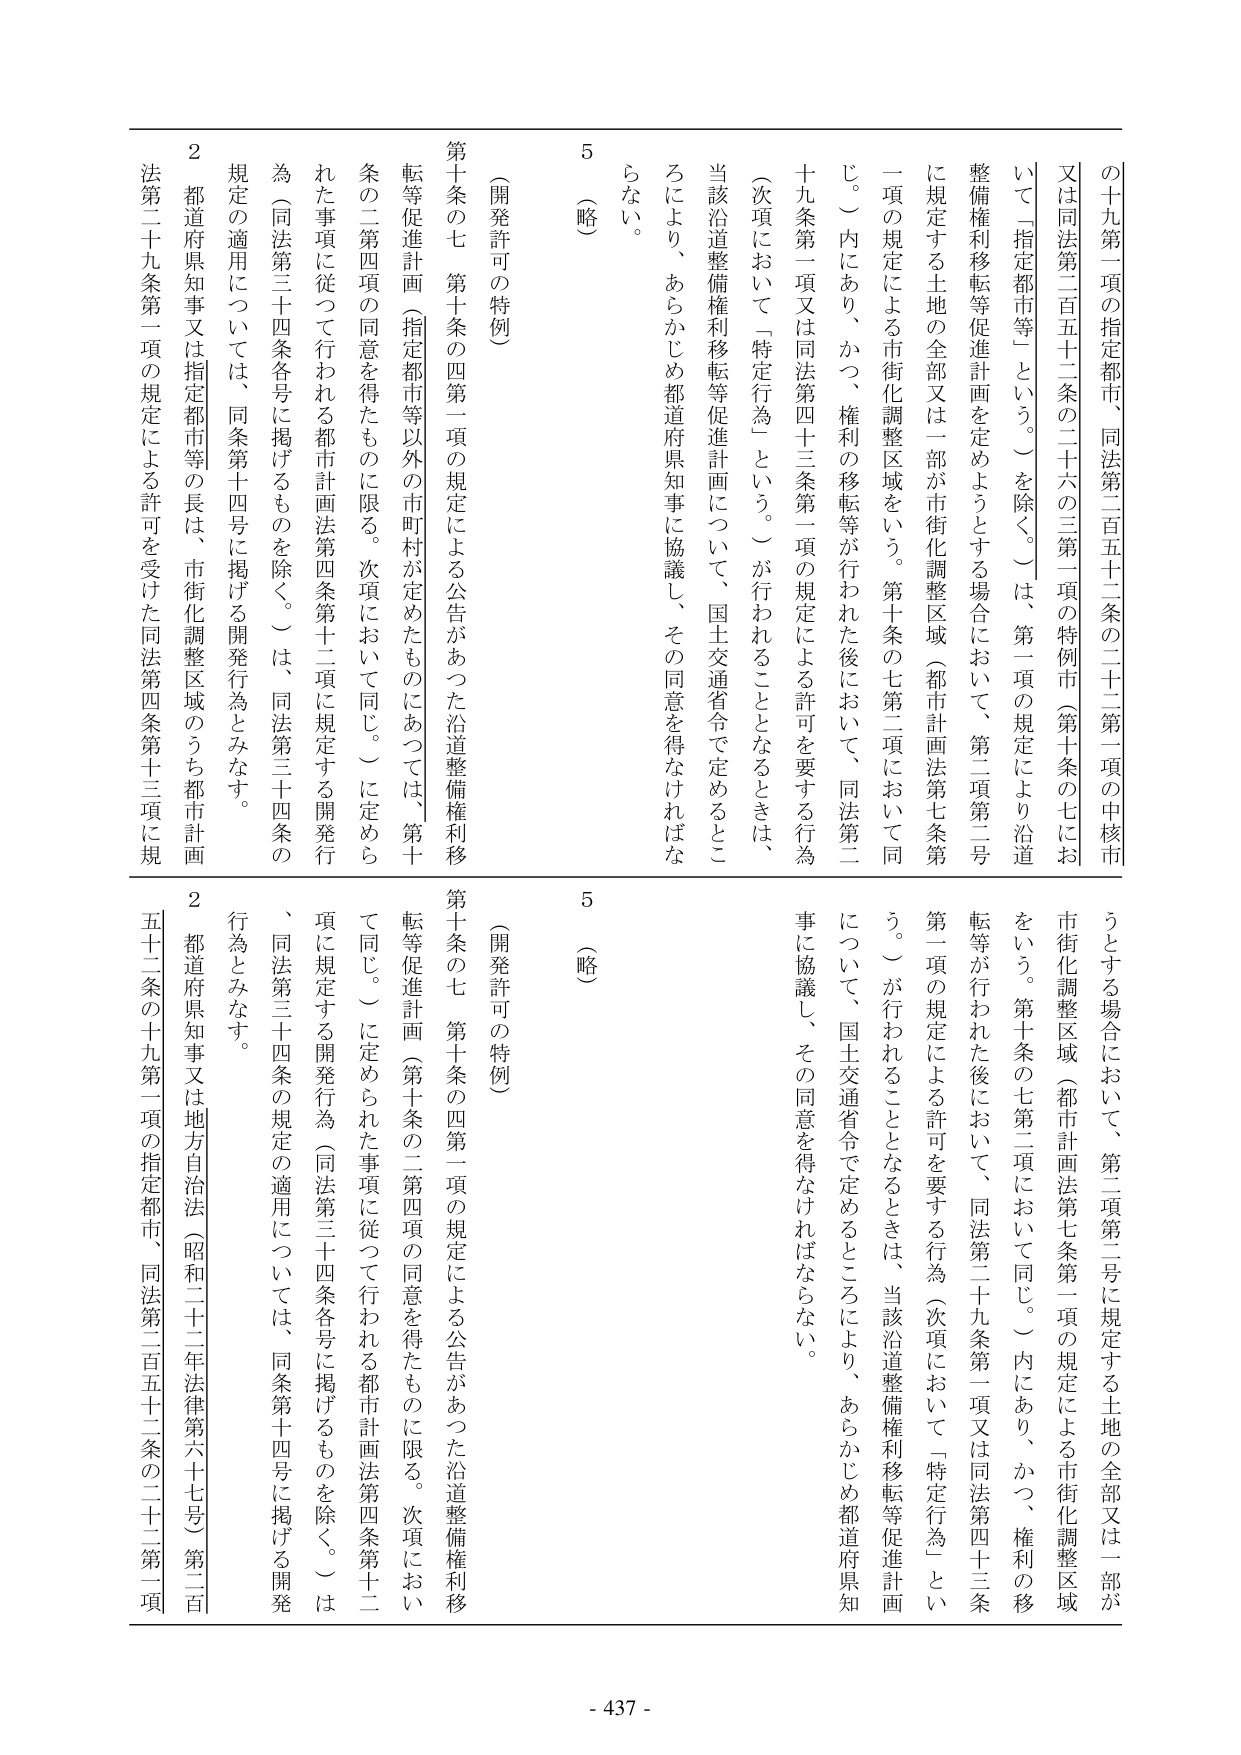
の十九第一項の指定都市、同法第二百五十二条の二十二第一項の中核市
又は同法第二百五十二条の二十六の三第一項の特例市（第十条の七にお
いて「指定都市等」という。）を除く。）は、第一項の規定により沿道
整備権利移転等促進計画を定めようとする場合において、第二項第二号
に規定する土地の全部又は一部が市街化調整区域（都市計画法第七条第
一項の規定による市街化調整区域をいう。第十条の七第二項において同
じ。）内にあり、かつ、権利の移転等が行われた後において、同法第二
十九条第一項又は同法第四十三条第一項の規定による許可を要する行為
（次項において「特定行為」という。）が行われることとなるときは、
当該沿道整備権利移転等促進計画について、国土交通省令で定めるとこ
ろにより、あらかじめ都道府県知事に協議し、その同意を得なければな
らない。

5 （略）

（開発許可の特例）
第十条の七 第十条の四第一項の規定による公告があった沿道整備権利移
転等促進計画（指定都市等以外の市町村が定めたものにあっては、第十
条の二第四項の同意を得たものに限る。次項において同じ。）に定めら
れた事項に従って行われる都市計画法第四条第十二項に規定する開発行
為（同法第三十四条各号に掲げるものを除く。）は、同法第三十四条の
規定の適用については、同条第十四号に掲げる開発行為とみなす。
2 都道府県知事又は指定都市等の長は、市街化調整区域のうち都市計画
法第二十九条第一項の規定による許可を受けた同法第四条第十三項に規

うとする場合において、第二項第二号に規定する土地の全部又は一部が
市街化調整区域（都市計画法第七条第一項の規定による市街化調整区域
をいう。第十条の七第二項において同じ。）内にあり、かつ、権利の移
転等が行われた後において、同法第二十九条第一項又は同法第四十三条
第一項の規定による許可を要する行為（次項において「特定行為」とい
う。）が行われることとなるときは、当該沿道整備権利移転等促進計画
について、国土交通省令で定めるところにより、あらかじめ都道府県知
事に協議し、その同意を得なければならない。

5 （略）

（開発許可の特例）
第十条の七 第十条の四第一項の規定による公告があった沿道整備権利移
転等促進計画（第十条の二第四項の同意を得たものに限る。次項におい
て同じ。）に定められた事項に従って行われる都市計画法第四条第十二
項に規定する開発行為（同法第三十四条各号に掲げるものを除く。）は
、同法第三十四条の規定の適用については、同条第十四号に掲げる開発
行為とみなす。
2 都道府県知事又は地方自治法（昭和二十二年法律第六十七号）第二百
五十二条の十九第一項の指定都市、同法第二百五十二条の二十二第一項

- 437 -